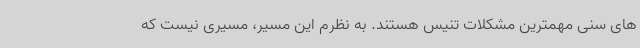
های سنی مهمترین مشکلات تنیس هستند. به نظرم این مسیر، مسیری نیست که